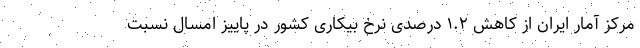
مرکز آمار ایران از کاهش ۱.۲ درصدی نرخ بیکاری کشور در پاییز امسال نسبت